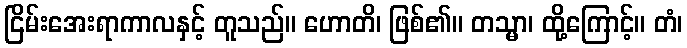
ငြိမ်းအေးရာကာလနှင့် တူသည်။ ဟောတိ၊ ဖြစ်၏။ တသ္မာ၊ ထို့ကြောင့်။ တံ၊